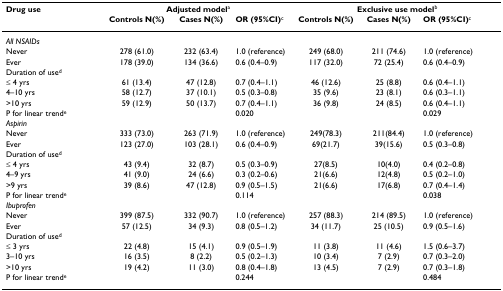
<table><thead><tr><td><b>Drug use</b></td><td colspan="3"><b>Adjusted model<sup>a</sup></b></td><td colspan="3"><b>Exclusive use model<sup>b</sup></b></td></tr><tr><td></td><td><b>Controls N(%)</b></td><td><b>Cases N(%)</b></td><td><b>OR (95%CI)<sup>c</sup></b></td><td><b>Controls N(%)</b></td><td><b>Cases N(%)</b></td><td><b>OR (95%CI)<sup>c</sup></b></td></tr></thead><tbody><tr><td><i>All NSAIDs</i></td><td></td><td></td><td></td><td></td><td></td><td></td></tr><tr><td>Never</td><td>278 (61.0)</td><td>232 (63.4)</td><td>1.0 (reference)</td><td>249 (68.0)</td><td>211 (74.6)</td><td>1.0 (reference)</td></tr><tr><td>Ever</td><td>178 (39.0)</td><td>134 (36.6)</td><td>0.6 (0.4–0.9)</td><td>117 (32.0)</td><td>72 (25.4)</td><td>0.6 (0.4–0.9)</td></tr><tr><td>Duration of use<sup>d</sup></td><td></td><td></td><td></td><td></td><td></td><td></td></tr><tr><td>≤ 4 yrs</td><td>61 (13.4)</td><td>47 (12.8)</td><td>0.7 (0.4–1.1)</td><td>46 (12.6)</td><td>25 (8.8)</td><td>0.6 (0.4–1.1)</td></tr><tr><td>4–10 yrs</td><td>58 (12.7)</td><td>37 (10.1)</td><td>0.5 (0.3–0.8)</td><td>35 (9.6)</td><td>23 (8.1)</td><td>0.6 (0.3–1.1)</td></tr><tr><td>&gt;10 yrs</td><td>59 (12.9)</td><td>50 (13.7)</td><td>0.7 (0.4–1.1)</td><td>36 (9.8)</td><td>24 (8.5)</td><td>0.6 (0.4–1.1)</td></tr><tr><td>P for linear trend<sup>e</sup></td><td></td><td></td><td>0.020</td><td></td><td></td><td>0.029</td></tr><tr><td><i>Aspirin</i></td><td></td><td></td><td></td><td></td><td></td><td></td></tr><tr><td>Never</td><td>333 (73.0)</td><td>263 (71.9)</td><td>1.0 (reference)</td><td>249(78.3)</td><td>211(84.4)</td><td>1.0 (reference)</td></tr><tr><td>Ever</td><td>123 (27.0)</td><td>103 (28.1)</td><td>0.6 (0.4–0.9)</td><td>69(21.7)</td><td>39(15.6)</td><td>0.5 (0.3–0.8)</td></tr><tr><td>Duration of use<sup>d</sup></td><td></td><td></td><td></td><td></td><td></td><td></td></tr><tr><td>≤ 4 yrs</td><td>43 (9.4)</td><td>32 (8.7)</td><td>0.5 (0.3–0.9)</td><td>27(8.5)</td><td>10(4.0)</td><td>0.4 (0.2–0.8)</td></tr><tr><td>4–9 yrs</td><td>41 (9.0)</td><td>24 (6.6)</td><td>0.3 (0.2–0.6)</td><td>21(6.6)</td><td>12(4.8)</td><td>0.5 (0.2–1.0)</td></tr><tr><td>&gt;9 yrs</td><td>39 (8.6)</td><td>47 (12.8)</td><td>0.9 (0.5–1.5)</td><td>21(6.6)</td><td>17(6.8)</td><td>0.7 (0.4–1.4)</td></tr><tr><td>P for linear trend<sup>e</sup></td><td></td><td></td><td>0.114</td><td></td><td></td><td>0.038</td></tr><tr><td><i>Ibuprofen</i></td><td></td><td></td><td></td><td></td><td></td><td></td></tr><tr><td>Never</td><td>399 (87.5)</td><td>332 (90.7)</td><td>1.0 (reference)</td><td>257 (88.3)</td><td>214 (89.5)</td><td>1.0 (reference)</td></tr><tr><td>Ever</td><td>57 (12.5)</td><td>34 (9.3)</td><td>0.8 (0.5–1.2)</td><td>34 (11.7)</td><td>25 (10.5)</td><td>0.9 (0.5–1.6)</td></tr><tr><td>Duration of use<sup>d</sup></td><td></td><td></td><td></td><td></td><td></td><td></td></tr><tr><td>≤ 3 yrs</td><td>22 (4.8)</td><td>15 (4.1)</td><td>0.9 (0.5–1.9)</td><td>11 (3.8)</td><td>11 (4.6)</td><td>1.5 (0.6–3.7)</td></tr><tr><td>3–10 yrs</td><td>16 (3.5)</td><td>8 (2.2)</td><td>0.5 (0.2–1.3)</td><td>10 (3.4)</td><td>7 (2.9)</td><td>0.7 (0.3–2.0)</td></tr><tr><td>&gt;10 yrs</td><td>19 (4.2)</td><td>11 (3.0)</td><td>0.8 (0.4–1.8)</td><td>13 (4.5)</td><td>7 (2.9)</td><td>0.7 (0.3–1.8)</td></tr><tr><td>P for linear trend<sup>e</sup></td><td></td><td></td><td>0.244</td><td></td><td></td><td>0.484</td></tr></tbody></table>